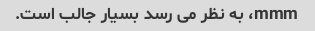
mmm، به نظر می رسد بسیار جالب است.